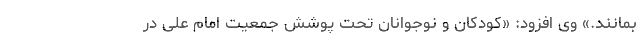
بمانند.» وی افزود: «کودکان و نوجوانان تحت پوشش جمعیت امام علی در